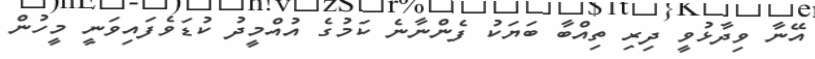
އޭނާ ވިދާޅުވީ ދިރި ތިއްބާ ބަޔަކު ފެންނާނެ ކަމުގެ އުއްމީދު ކުޑަވެފައިވަނީ މީހުން